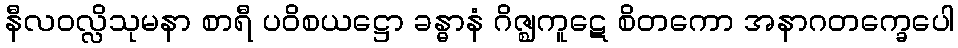
နီလဝလ္လိသုမနာ စာရီ ပဝိစယဋ္ဌော ခန္ဓာနံ ဂိဇ္ဈကူဋေ စိတကော အနာဂတက္ခေပေါ